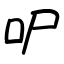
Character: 㕧